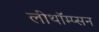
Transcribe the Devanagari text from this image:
लीथॉम्प्सन